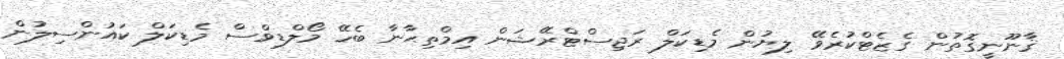
ޤާނޫނީގޮތުން ގެޒެޓްކުރެވޭ ލިޔުން މެޑިކަލް ރަޖިސްޓްރޭޝަން އިމްތިޙާނާ ބެހޭ މޯލްޑިވްސް މެޑިކަލް ކައުންސިލުން